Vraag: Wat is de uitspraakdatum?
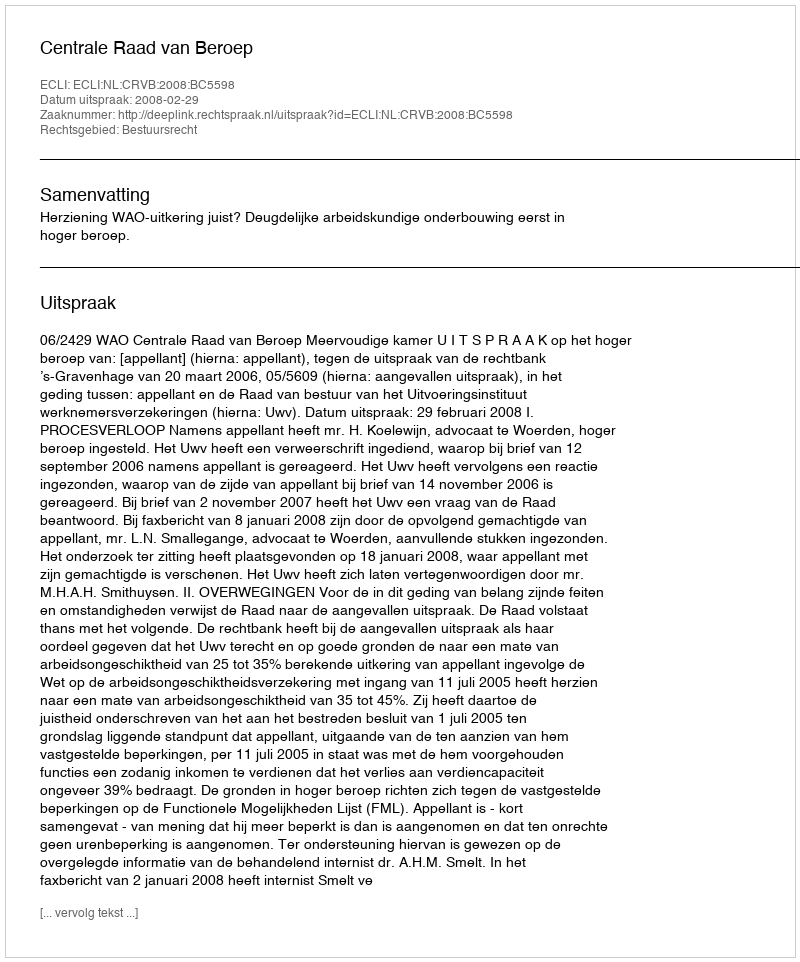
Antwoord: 2008-02-29